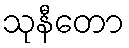
သုနီတော